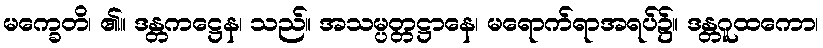
မက္ခေတိ၊ ၏။ ဒန္တကဋ္ဌေန၊ သည်။ အသမ္ပတ္တဋ္ဌာနေ၊ မရောက်ရာအရပ်၌။ ဒန္တဂူထကော၊